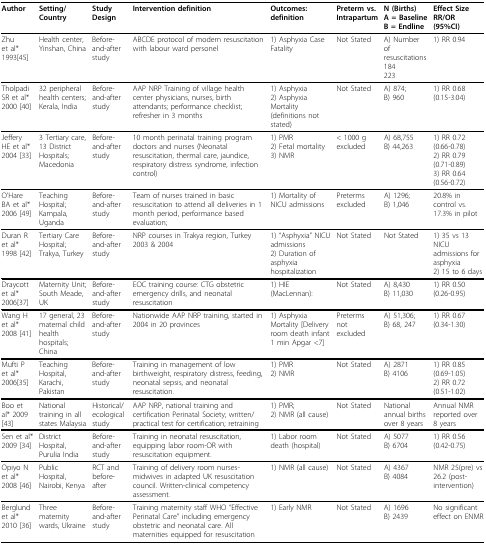
<table><thead><tr><td><b>Author</b></td><td><b>Setting/Country</b></td><td><b>Study Design</b></td><td><b>Intervention definition</b></td><td><b>Outcomes: definition</b></td><td><b>Preterm vs. Intrapartum</b></td><td><b>N (Births) A = BaselineB = Endline</b></td><td><b>Effect SizeRR/OR(95%CI)</b></td></tr></thead><tbody><tr><td>Zhu et al* 1993[45]</td><td>Health center, Yinshan, China</td><td>Before-and-after study</td><td>ABCDE protocol of modern resuscitation with labour ward personel</td><td>1) Asphyxia Case Fatality</td><td>Not Stated</td><td>A) Number of resuscitations184 223</td><td>1) RR 0.94</td></tr><tr><td>Tholpadi SR et al* 2000[40]</td><td>32 peripheral health centers; Kerala, India</td><td>Before-and-after study</td><td>AAP NRP Training of village health center physicians, nurses, birth attendants; performance checklist; refresher in 3 months</td><td>1) Asphyxia 2) Asphyxia Mortality (definitions not stated)</td><td>Not Stated</td><td>A) 874; B) 960</td><td>1) RR 0.68 (0.15-3.04)</td></tr><tr><td>Jeffery HE et al* 2004[33]</td><td>3 Tertiary care, 13 District Hospitals;Macedonia</td><td>Before-and-after study</td><td>10 month perinatal training program doctors and nurses (Neonatal resuscitation, thermal care, jaundice, respiratory distress syndrome, infection control)</td><td>1) PMR2) Fetal mortality3) NMR</td><td>&lt; 1000 g excluded</td><td>A) 68,755B) 44,263</td><td>1) RR 0.72 (0.66-0.78)2) RR 0.79 (0.71-0.89)3) RR 0.64 (0.56-0.72)</td></tr><tr><td>O&#x27;Hare BA et al* 2006[49]</td><td>Teaching Hospital; Kampala, Uganda</td><td>Before-and-after study</td><td>Team of nurses trained in basic resuscitation to attend all deliveries in 1 month period, performance based evaluation;</td><td>1) Mortality of NICU admissions </td><td>Preterms excluded</td><td>A) 1296; B) 1,046</td><td>20.8% in control vs. 17.3% in pilot</td></tr><tr><td>Duran R et al* 1998[42]</td><td>Tertiary Care Hospital; Trakya, Turkey</td><td>Before-and-after study</td><td>NRP courses in Trakya region, Turkey 2003 &amp; 2004</td><td>1) &quot;Asphyxia&quot; NICU admissions 2) Duration of asphyxia hospitalization</td><td>Not Stated</td><td>Not Stated</td><td>1) 35 vs 13 NICU admissions for asphyxia 2) 15 to 6 days</td></tr><tr><td>Draycott et al* 2006[37]</td><td>Maternity Unit; South Meade, UK</td><td>Before-and-after study</td><td>EOC training course: CTG obstetric emergency drills, and neonatal resuscitation</td><td>1) HIE (MacLennan):</td><td>Not Stated</td><td>A) 8,430B) 11,030</td><td>1) RR 0.50 (0.26-0.95)</td></tr><tr><td>Wang H et al* 2008[41]</td><td>17 general, 23 maternal child health hospitals; China</td><td>Before-and-after study</td><td>Nationwide AAP NRP training, started in 2004 in 20 provinces</td><td>1) Asphyxia Mortality [Delivery room death infant 1 min Apgar &lt;7]</td><td>Preterms not excluded</td><td>A) 51,306; B) 68, 247</td><td>1) RR 0.67 (0.34-1.30)</td></tr><tr><td>Mufti P et al* 2006[35]</td><td>Teaching Hospital, Karachi, Pakistan</td><td>Before-and-after study</td><td>Training in management of low birthweight, respiratory distress, feeding, neonatal sepsis, and neonatal resuscitation.</td><td>1) PMR2) NMR</td><td>Not Stated</td><td>A) 2871B) 4106</td><td>1) RR 0.85 (0.69-1.05)2) RR 0.72 (0.51-1.02)</td></tr><tr><td>Boo et al* 2009[43]</td><td>National training in all states Malaysia</td><td>Historical/ecological study</td><td>AAP NRP, national training and certification Perinatal Society; written/practical test for certification; retraining</td><td>1) PMR; 2) NMR (all cause)</td><td>Not Stated</td><td>National annual births over 8 years</td><td>Annual NMR reported over 8 years</td></tr><tr><td>Sen et al* 2009[34]</td><td>District Hospital, Purulia India</td><td>Before-and-after study</td><td>Training in neonatal resuscitation, equipping labor room-OR with resuscitation equipment.</td><td>1) Labor room death (hospital)</td><td>Not Stated</td><td>A) 5077B) 6704</td><td>1) RR 0.56 (0.42-0.75) </td></tr><tr><td>Opiyo N et al* 2008[46]</td><td>Public Hospital, Nairobi, Kenya</td><td>RCT and before-after</td><td>Training of delivery room nurses-midwives in adapted UK resuscitation council. Written-clinical competency assessment.</td><td>1) NMR (all cause)</td><td>Not Stated</td><td>A) 4367B) 4084</td><td>NMR 25(pre) vs 26.2 (post-intervention)</td></tr><tr><td>Berglund et al* 2010[36]</td><td>Three maternity wards, Ukraine</td><td>Before-and-after study</td><td>Training maternity staff WHO &quot;Effective Perinatal Care&quot; including emergency obstetric and neonatal care. All maternities equipped for resuscitation</td><td>1) Early NMR</td><td>Not Stated</td><td>A) 1696B) 2439</td><td>No significant effect on ENMR</td></tr></tbody></table>